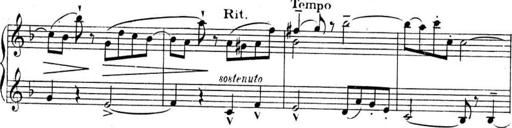
Title: Sonatines
Composer: Hedwige ChrÃ©tien